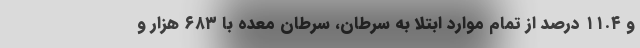
و ۱۱.۴ درصد از تمام موارد ابتلا به سرطان، سرطان معده با ۶۸۳ هزار و